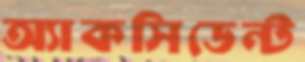
অ্যাকসিডেন্ট